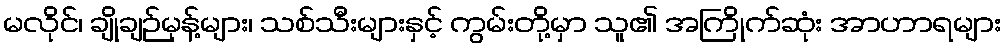
မလိုင်၊ ချိုချဉ်မုန့်များ၊ သစ်သီးများနှင့် ကွမ်းတို့မှာ သူ၏ အကြိုက်ဆုံး အာဟာရများ